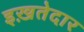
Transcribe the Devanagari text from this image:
इख़तेदार